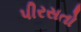
પીરસતો